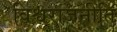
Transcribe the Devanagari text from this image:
विश्वराजनीति